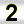
Digit: 2